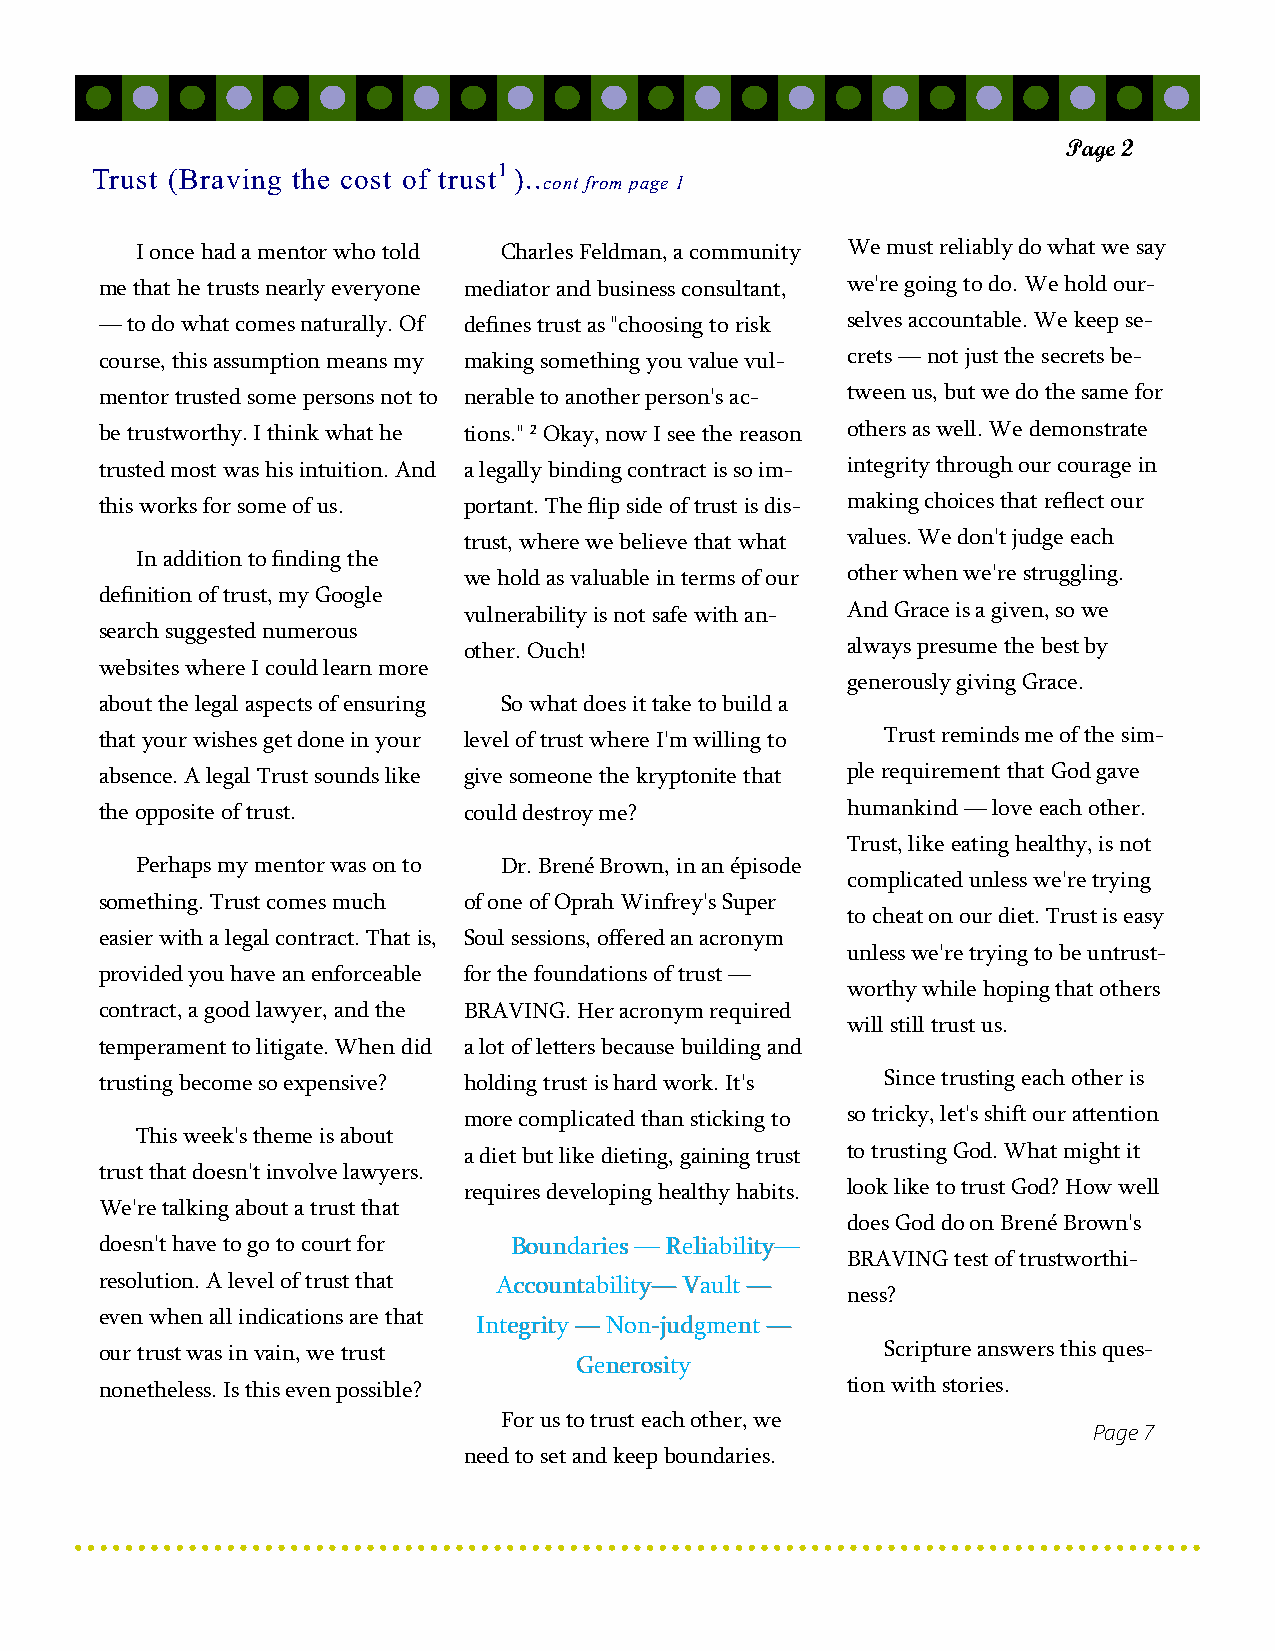
Page 2
 Trust (Braving the cost of trust1 )..
 cont from page 1
 I once had a mentor who told Charles Feldman, a community We must reliably do what we say
 me that he trusts nearly everyone mediator and business consultant, we're going to do. We hold our-
 — to do what comes naturally. Of defines trust as "choosing to risk selves accountable. We keep se-
 course, this assumption means my making something you value vul- crets — not just the secrets be-
 mentor trusted some persons not to nerable to another person's ac- tween us, but we do the same for
 be trustworthy. I think what he tions." 2 Okay, now I see the reason others as well. We demonstrate
 trusted most was his intuition. And a legally binding contract is so im- integrity through our courage in
 this works for some of us. portant. The flip side of trust is dis- making choices that reflect our
 trust, where we believe that what values. We don't judge each
 In addition to finding the
 we hold as valuable in terms of our other when we're struggling.
 definition of trust, my Google
 vulnerability is not safe with an- And Grace is a given, so we
 search suggested numerous
 other. Ouch!             always presume the best by
 websites where I could learn more
 generously giving Grace.
 about the legal aspects of ensuring So what does it take to build a
 that your wishes get done in your level of trust where I'm willing to Trust reminds me of the sim-
 absence. A legal Trust sounds like give someone the kryptonite that ple requirement that God gave
 the opposite of trust.  could destroy me?        humankind — love each other.
 Trust, like eating healthy, is not
 Perhaps my mentor was on to Dr. Brené Brown, in an épisode
 complicated unless we're trying
 something. Trust comes much of one of Oprah Winfrey's Super
 to cheat on our diet. Trust is easy
 easier with a legal contract. That is, Soul sessions, offered an acronym
 unless we're trying to be untrust-
 provided you have an enforceable for the foundations of trust —
 worthy while hoping that others
 contract, a good lawyer, and the BRAVING. Her acronym required
 will still trust us.
 temperament to litigate. When did a lot of letters because building and
 trusting become so expensive? holding trust is hard work. It's Since trusting each other is
 more complicated than sticking to so tricky, let's shift our attention
 This week's theme is about
 a diet but like dieting, gaining trust to trusting God. What might it
 trust that doesn't involve lawyers.
 requires developing healthy habits. look like to trust God? How well
 We're talking about a trust that
 does God do on Brené Brown's
 doesn't have to go to court for BBBooouuunnndddaaarrriiieeesss ——— RRReeellliiiaaabbbiiillliiitttyyy———
 BRAVING test of trustworthi-
 resolution. A level of trust that AAAccccccooouuunnntttaaabbbiiillliiitttyyy——— VVVaaauuulllttt ———
 ness?
 even when all indications are that
 IIInnnttteeegggrrriiitttyyy ——— NNNooonnn---jjjuuudddgggmmmeeennnttt ———
 our trust was in vain, we trust                     Scripture answers this ques-
 GGGeeennneeerrrooosssiiitttyyy
 nonetheless. Is this even possible?              tion with stories.
 For us to trust each other, we
 Page 7
 need to set and keep boundaries.